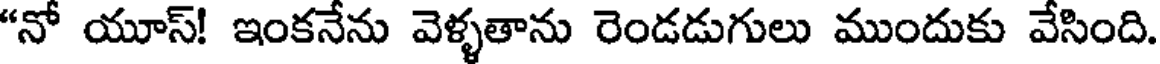
"నో యూస్! ఇంకనేను వెళ్ళతాను రెండడుగులు ముందుకు వేసింది